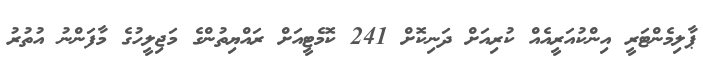
ޕާލިމެންޓަރީ އިންކުއަރީއެއް ކުރިއަށް ދަނިކޮށް 241 ކޮމެޓީއަށް ރައްޔިތުންގެ މަޖިލީހުގެ މާފަންނު އުތުރު